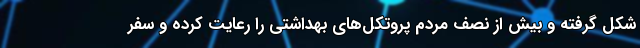
شکل گرفته و بیش از نصف مردم پروتکل‌های بهداشتی را رعایت کرده و سفر